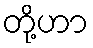
တို့ဟာ